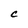
Character: C